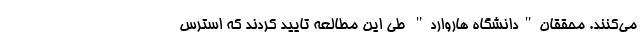
می‌کنند. محققان"دانشگاه هاروارد" طی این مطالعه تایید کردند که استرس